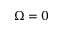
\Omega = 0